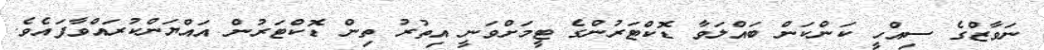
ނަވާޒްގެ ސިއްހީ ކަންކަން ބައްލަވާ ޑޮކްޓަރުންގެ ޓީމަށްވަނީ އިތުރު ތިން ޑޮކްޓަރުން އައްޔަންކުރައްވާފައެެވެ.